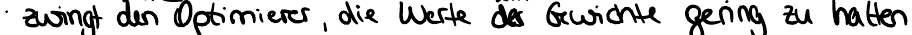
zwingt den Optimierer, die Werte der Gewichte gering zu halten